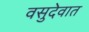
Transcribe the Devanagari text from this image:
वसुदेवात